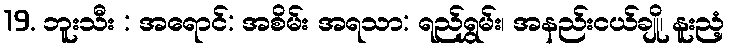
19. ဘူးသီး : အရောင်: အစိမ်း အရသာ: ရည်ရွှမ်း၊ အနည်းငယ်ချို၊ နူးညံ့